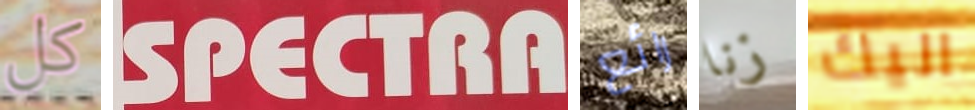
كل SPECTRA رائع زنا اليك